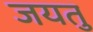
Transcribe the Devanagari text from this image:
जयतु